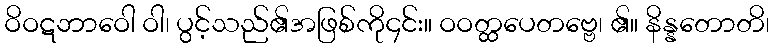
ဝိဝဋဘာဝေါ ဝါ၊ ပွင့်သည်၏အဖြစ်ကို၄င်း။ ဝဝတ္ထပေတဗ္ဗေ၊ ၏။ နိန္နတောတိ၊